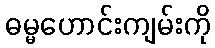
ဓမ္မဟောင်းကျမ်းကို